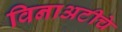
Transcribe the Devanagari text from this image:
विनाअटीचे